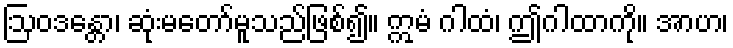
ဩဝဒန္တော၊ ဆုံးမတော်မူသည်ဖြစ်၍။ ဣမံ ဂါထံ၊ ဤဂါထာကို။ အာဟ၊